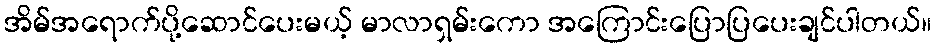
အိမ်အရောက်ပို့ဆောင်ပေးမယ့် မာလာရှမ်းကော အကြောင်းပြောပြပေးချင်ပါတယ်။